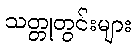
သတ္တုတွင်းများ